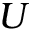
U